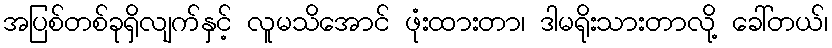
အပြစ်တစ်ခုရှိလျက်နှင့် လူမသိအောင် ဖုံးထားတာ၊ ဒါမရိုးသားတာလို့ ခေါ်တယ်၊